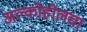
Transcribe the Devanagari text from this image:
अल्कोहोलचा